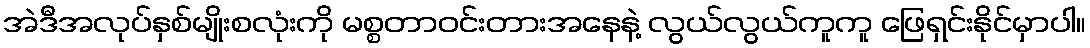
အဲဒီအလုပ်နှစ်မျိုးစလုံးကို မစ္စတာဝင်းတားအနေနဲ့ လွယ်လွယ်ကူကူ ဖြေရှင်းနိုင်မှာပါ။